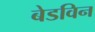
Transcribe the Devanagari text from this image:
बेडविन